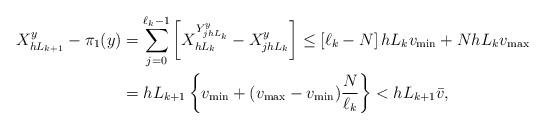
LaTeX: \begin{align*}X^{y}_{h L_{k+1}}-\pi_{1}(y) &= \sum_{j=0}^{\ell_k-1}\left[X^{Y^{y}_{jhL_{k}}}_{h L_{k}}-X^{y}_{jh L_{k}}\right] \leq \left[\ell_k - N\right]hL_k v_{\min} + N h L_{k} v_{\max}\\& = h L_{k+1} \left\{ v_{\min} + (v_{\max} - v_{\min}) \frac{N}{\ell_k} \right\}< h L_{k+1} \bar{v},\end{align*}